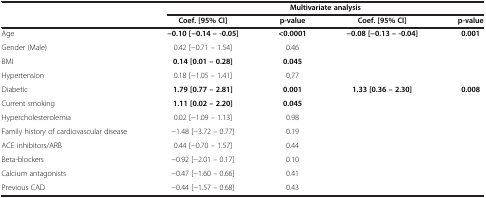
<table><thead><tr><td><b> </b></td><td colspan="4"><b>Multivariate analysis</b></td></tr><tr><td><b> </b></td><td><b>Coef. [95% CI]</b></td><td><b>p-value</b></td><td><b>Coef. [95% CI]</b></td><td><b>p-value</b></td></tr></thead><tbody><tr><td>Age</td><td><b>−0.10 [−0.14 – -0.05]</b></td><td><b>&lt;0.0001</b></td><td><b>−0.08 [−0.13 – -0.04]</b></td><td><b>0.001</b></td></tr><tr><td>Gender (Male)</td><td>0.42 [−0.71 – 1.54]</td><td>0.46</td><td> </td><td> </td></tr><tr><td>BMI</td><td><b>0.14 [0.01 – 0.28]</b></td><td><b>0.045</b></td><td> </td><td> </td></tr><tr><td>Hypertension</td><td>0.18 [−1.05 – 1.41]</td><td>0,77</td><td> </td><td> </td></tr><tr><td>Diabetic</td><td><b>1.79 [0.77 – 2.81]</b></td><td><b>0.001</b></td><td><b>1.33 [0.36 – 2.30]</b></td><td><b>0.008</b></td></tr><tr><td>Current smoking</td><td><b>1.11 [0.02 – 2.20]</b></td><td><b>0.045</b></td><td> </td><td> </td></tr><tr><td>Hypercholesterolemia</td><td>0.02 [−1.09 – 1.13]</td><td>0.98</td><td> </td><td> </td></tr><tr><td>Family history of cardiovascular disease</td><td>−1.48 [−3.72 – 0.77]</td><td>0.19</td><td> </td><td> </td></tr><tr><td>ACE inhibitors/ARB</td><td>0.44 [−0.70 – 1.57]</td><td>0.44</td><td> </td><td> </td></tr><tr><td>Beta-blockers</td><td>−0.92 [−2.01 – 0.17]</td><td>0.10</td><td> </td><td> </td></tr><tr><td>Calcium antagonists</td><td>−0.47 [−1.60 – 0.66]</td><td>0.41</td><td> </td><td> </td></tr><tr><td>Previous CAD</td><td>−0.44 [−1.57 – 0.68]</td><td>0.43</td><td> </td><td> </td></tr></tbody></table>